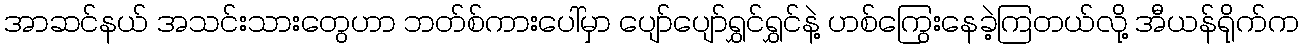
အာဆင်နယ် အသင်းသားတွေဟာ ဘတ်စ်ကားပေါ်မှာ ပျော်ပျော်ရွှင်ရွှင်နဲ့ ဟစ်ကြွေးနေခဲ့ကြတယ်လို့ အီယန်ရိုက်က